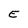
Character: E